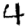
Digit: 4